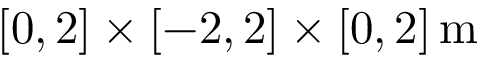
[ 0 , 2 ] \times [ - 2 , 2 ] \times [ 0 , 2 ] \, \mathrm { m }